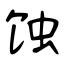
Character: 蚀